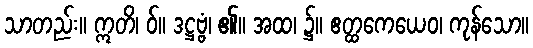
သာတည်း။ ဣတိ၊ ဝ်။ ဒဋ္ဌဗ္ဗံ၊ ၏။ အထ၊ ၌။ ဧတ္ထကေယေဝ၊ ကုန်သော။